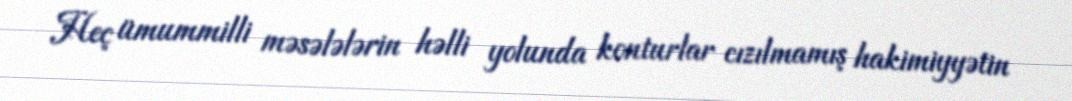
Heç ümummilli məsələlərin həlli yolunda konturlar cızılmamış hakimiyyətin